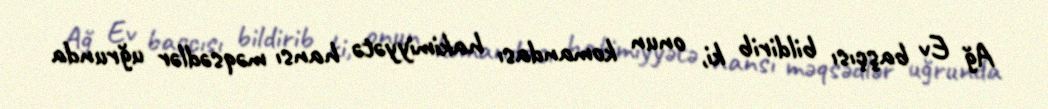
Ağ Ev başçısı bildirib ki, onun komandası hakimiyyətə hansı məqsədlər uğrunda